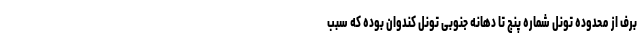
برف از محدوده تونل شماره پنج تا دهانه جنوبی تونل کندوان بوده که سبب